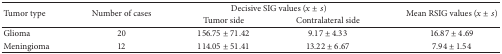
<table><thead><tr><td rowspan="2"><b>Tumor type</b></td><td rowspan="2"><b>Number of cases</b></td><td colspan="2"><b>Decisive SIG values (<i>x</i> ± <i>s</i>)</b></td><td rowspan="2"><b>Mean RSIG values (<i>x</i> ± <i>s</i>)</b></td></tr><tr><td><b>Tumor side</b></td><td><b>Contralateral side</b></td></tr></thead><tbody><tr><td>Glioma</td><td>20</td><td>156.75 ± 71.42</td><td>9.17 ± 4.33</td><td>16.87 ± 4.69</td></tr><tr><td>Meningioma</td><td>12</td><td>114.05 ± 51.41</td><td>13.22 ± 6.67</td><td>7.94 ± 1.54</td></tr></tbody></table>